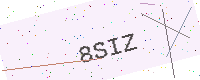
Text: 8SIZ